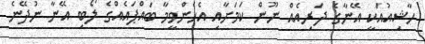
ހާޝިއުއަކީ އޭނާގެ ދަރިއެއް ނޫން ކަމަށާއި އެހެންވީމާ ބައްޕައެއްގެ ލޯބި އޭނާ ނުދޭނެ